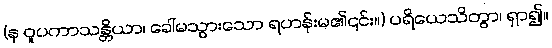
(န ဝူပကာသန္တိယာ၊ ခေါ်မသွားသော ရဟန်းမ၏၎င်း။) ပရိယေသိတွာ၊ ရှာ၍။